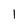
Character: 1